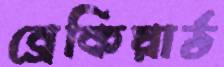
ব্রেকিয়ার্ড